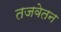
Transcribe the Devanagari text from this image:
तजवेतन